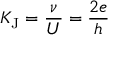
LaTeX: K _ { \mathrm { { J } } } = { \frac { \nu } { U } } = { \frac { 2 e } { h } }